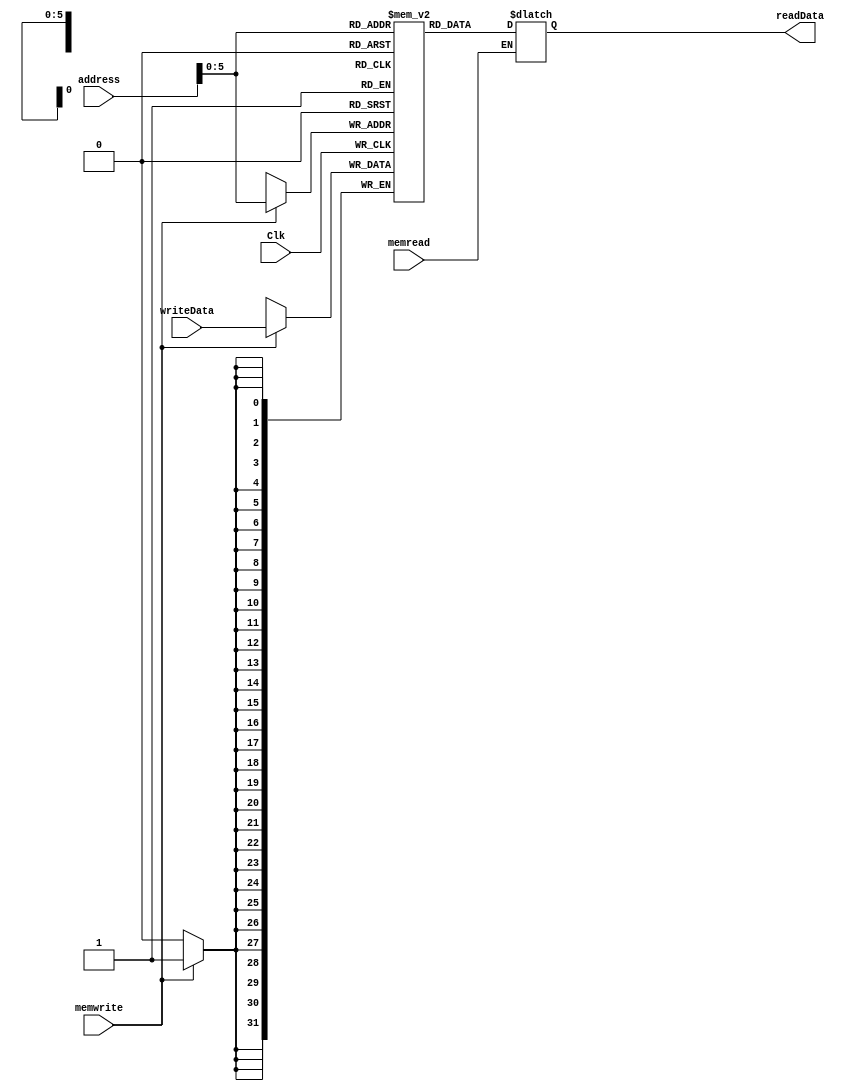
`timescale 1ns / 1ps
//////////////////////////////////////////////////////////////////////////////////
// Company: 
// Engineer: 
// 
// Design Name: 
// Module Name: DM
// Project Name: 
// Target Devices: 
// Tool Versions: 
// Description: 
// 
// Dependencies: 
// 
// Revision:
// Revision 0.01 - File Created
// Additional Comments:
// 
//////////////////////////////////////////////////////////////////////////////////


module DM(
    input Clk,
    input [31:0] address,
    input [31:0] writeData,
    input memwrite,
    input memread,
    output reg [31:0] readData
    );


reg [31:0] memFile[0:63];

always @ (address or memread)
begin
if(memread) readData=memFile[address];
end

always @ (negedge Clk)
begin
if (memwrite)
memFile[address]=writeData;
end

endmodule